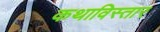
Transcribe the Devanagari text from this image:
कथाविस्तार